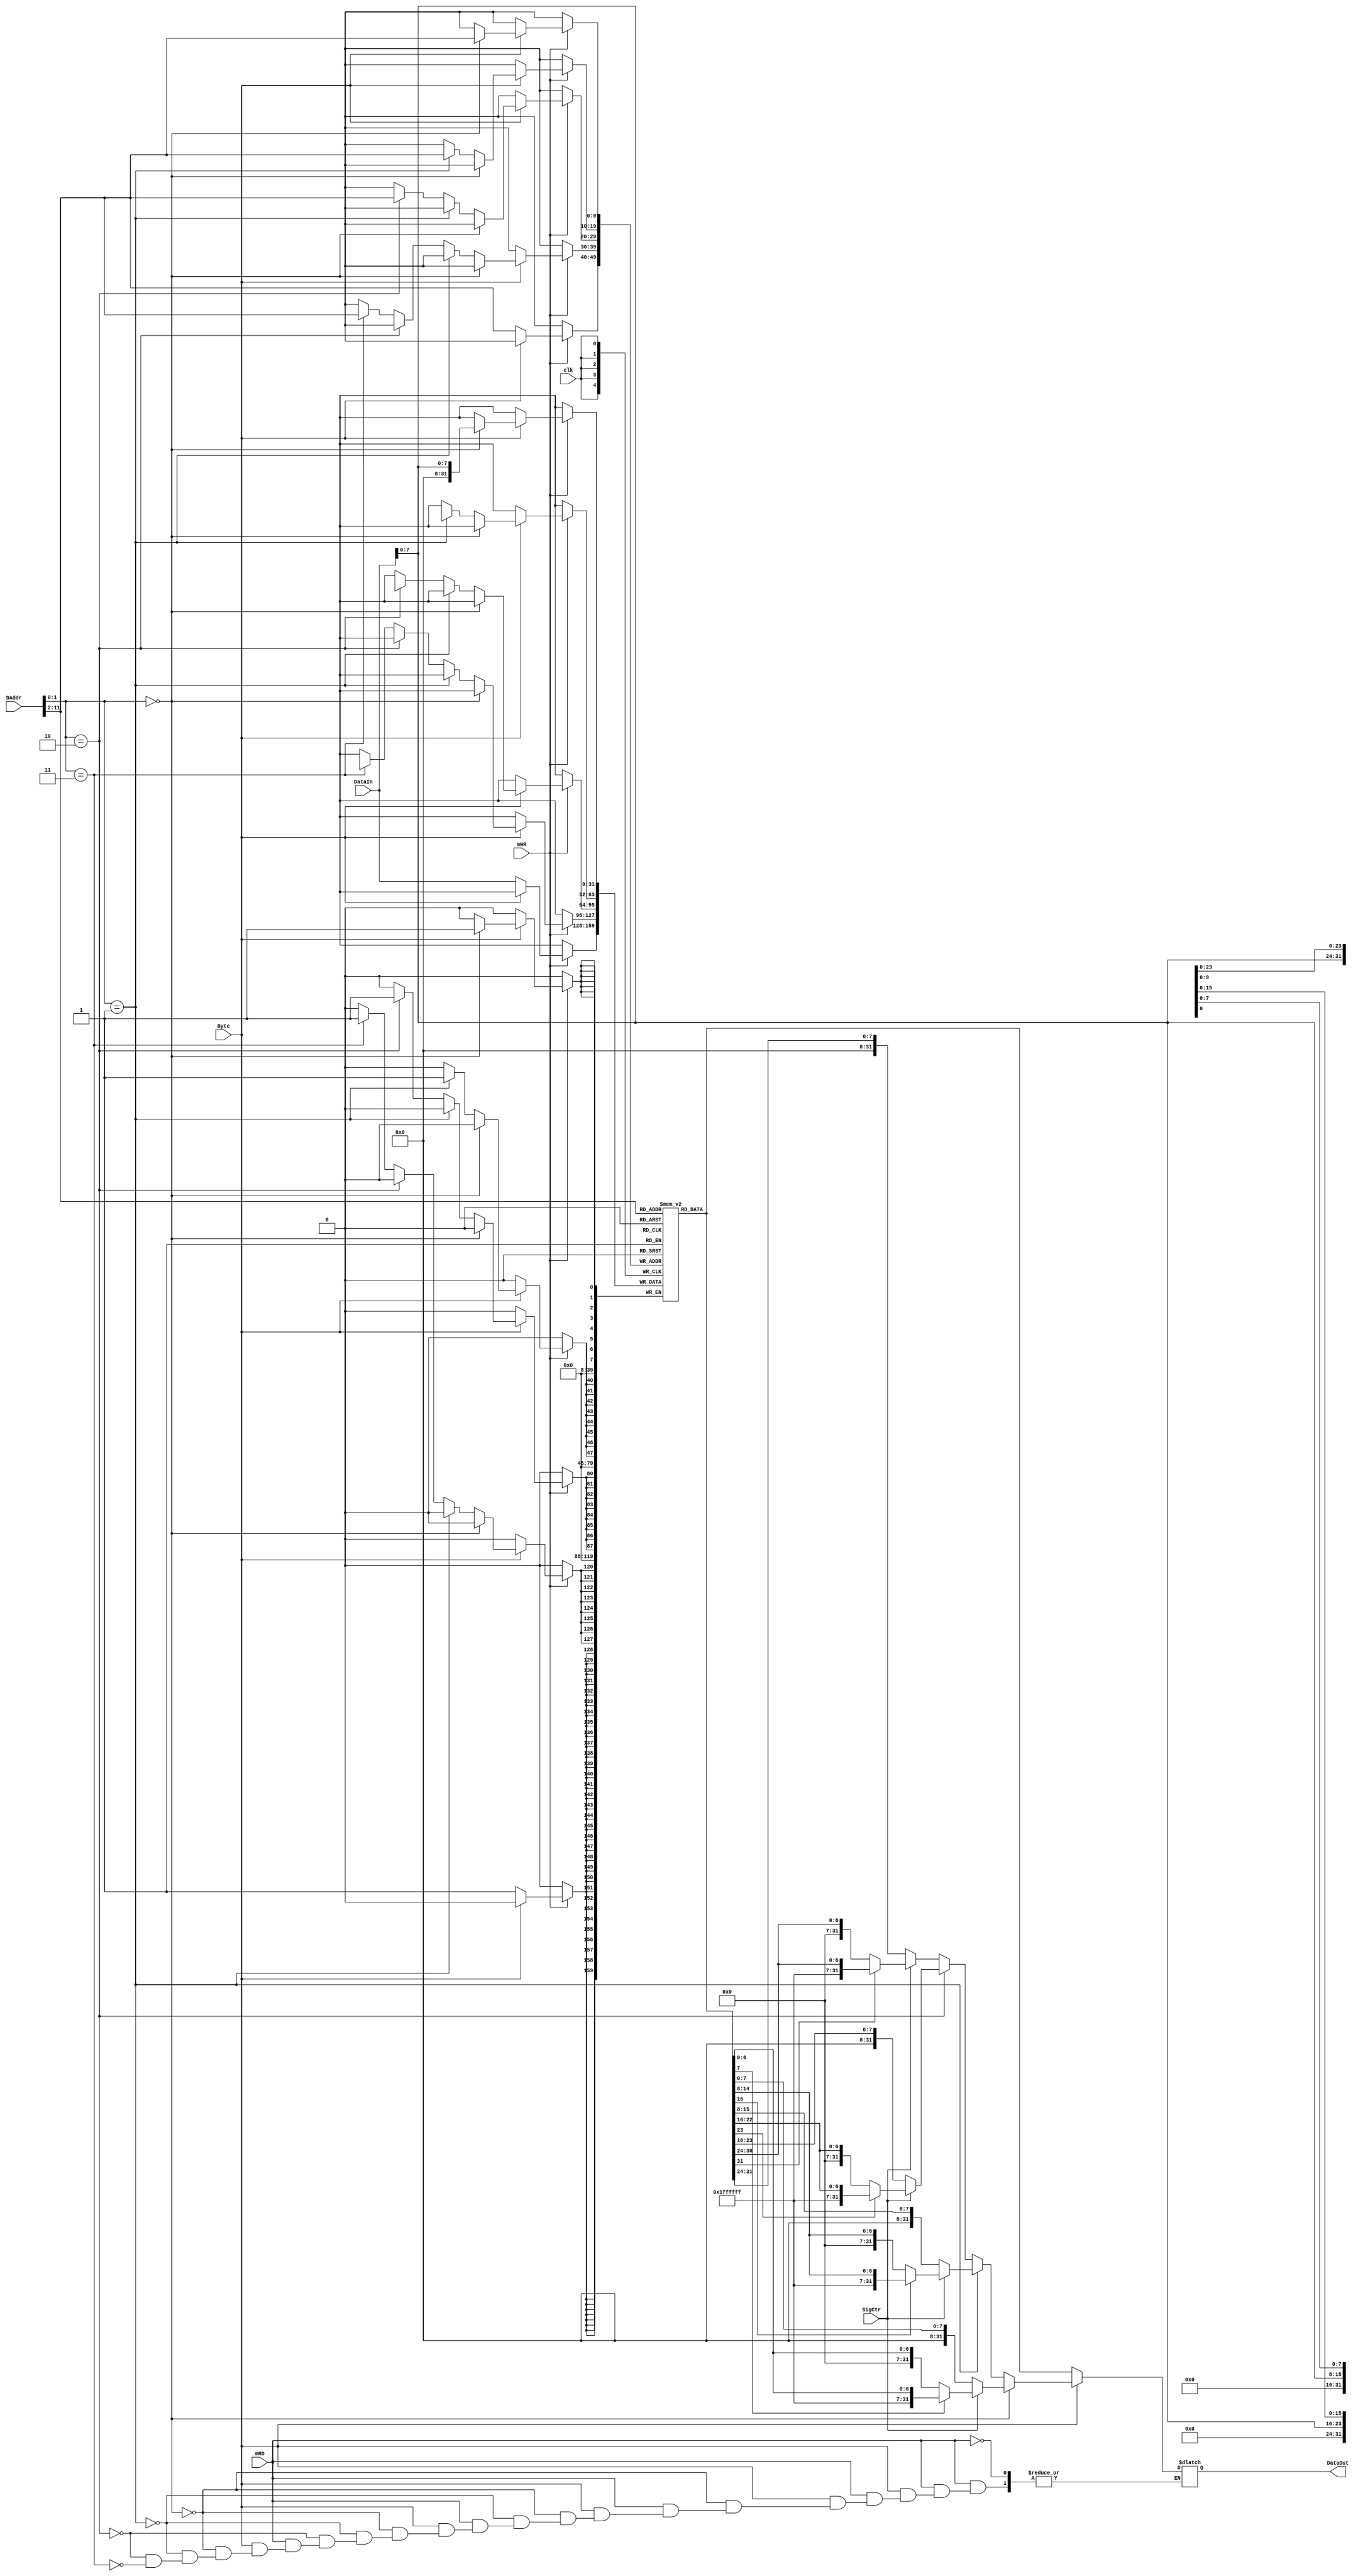
module dm_4k(
        /*
            Daddr
            DataIn
            DataOut
            mRD0
            mWR0
        */
        input mRD,
        input mWR,
        input clk,
        input Byte,
        input SigCtr,
        input [11:0] DAddr,
        input [31:0] DataIn,
        output reg[31:0] DataOut
    );


    reg [31:0] ram [1023:0];   //1MB

    always@(mRD or DAddr or SigCtr or Byte) begin        //
        if (mRD) begin
            if(Byte) begin
                if(DAddr[1:0]==2'b00)
                    DataOut = (SigCtr == 1)? ((ram[DAddr[11:2]][7] == 1)? {24'hffffff, ram[DAddr[11:2]][7:0]}: {24'b0, ram[DAddr[11:2]][7:0]}): {24'b0, ram[DAddr[11:2]][7:0]};
                else if(DAddr[1:0]==2'b01)
                    DataOut = (SigCtr == 1)? ((ram[DAddr[11:2]][15] == 1)? {24'hffffff, ram[DAddr[11:2]][15:8]}: {24'b0, ram[DAddr[11:2]][15:8]}): {24'b0, ram[DAddr[11:2]][15:8]};
                else if(DAddr[1:0]==2'b10)
                    DataOut = (SigCtr == 1)? ((ram[DAddr[11:2]][23] == 1)? {24'hffffff, ram[DAddr[11:2]][23:16]}: {24'b0, ram[DAddr[11:2]][23:16]}): {24'b0, ram[DAddr[11:2]][23:16]};
                else if(DAddr[1:0]==2'b11)
                    DataOut = (SigCtr == 1)? ((ram[DAddr[11:2]][31] == 1)? {24'hffffff, ram[DAddr[11:2]][31:24]}: {24'b0, ram[DAddr[11:2]][31:24]}): {24'b0, ram[DAddr[11:2]][31:24]};
            end
            else begin
                DataOut = ram[DAddr[11:2]];
            end  
        end
    end

    always@(negedge clk)        //
    begin   
        if (mWR) begin
            if(Byte) begin
                if(DAddr[1:0]==2'b00)
                    ram[DAddr[11:2]][7:0] <= DataIn[7:0];
                else if(DAddr[1:0]==2'b01)
                    ram[DAddr[11:2]][15:8] <= DataIn[7:0];
                else if(DAddr[1:0]==2'b10)
                    ram[DAddr[11:2]][23:16] <= DataIn[7:0];
                else if(DAddr[1:0]==2'b11)
                    ram[DAddr[11:2]][31:24] <= DataIn[7:0];
            end
            else begin
                ram[DAddr[11:2]] <= DataIn;
            end  
        end
    end

endmodule